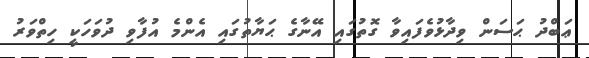
ޢަބްދު ޙަސަން ވިދާޅުވެފައިވާ ގޮތުގައި އޭނާގެ ޙަޔާތުގައި އެންމެ އުފާވި ދުވަހަކީ ހިތްވަރު